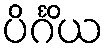
ပိင်္ဂိယ